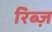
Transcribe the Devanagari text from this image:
रिब्ज़